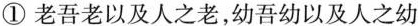
①老吾老以及人之老，幼吾幼以及人之幼